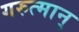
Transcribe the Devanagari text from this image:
गरुत्मान्